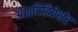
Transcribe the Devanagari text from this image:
अॅशटिडिप्रेसंट